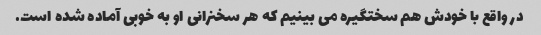
در واقع با خودش هم سختگیره می بینیم که هر سخنرانی او به خوبی آماده شده است.